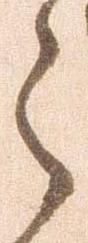
之